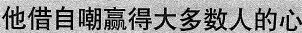
他借自嘲赢得大多数人的心